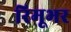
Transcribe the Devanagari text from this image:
रिमूभर